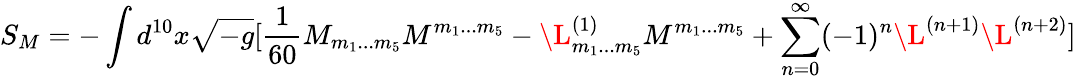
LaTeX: S_{M}=-\int d^{10}x\sqrt{-g}[{\frac{1}{60}}M_{m_{1}...m_{5}}M^{m_{1}...m_{5}}-\L_{m_{1}...m_{5}}^{(1)}{M}^{m_{1}...m_{5}}+\sum_{n=0}^{\infty}(-1)^{n}\L^{(n+1)}\L^{(n+2)}]